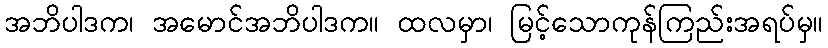
အဘိပါဒက၊ အမောင်အဘိပါဒက။ ထလမှာ၊ မြင့်သောကုန်ကြည်းအရပ်မှ။